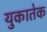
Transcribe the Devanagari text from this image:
युकातेक